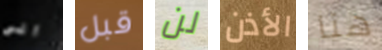
الى قبل لن الأذن هنا